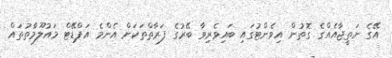
އޭގެ ނަތީޖާއެއްގެ ގޮތުން އިވެންޓުގައި ބައިވެރިވާ ބޭރުގެ ފަރާތްތަކަށް އެންމެ އަޕްޑޭޓް މައުލޫމާތުތައް